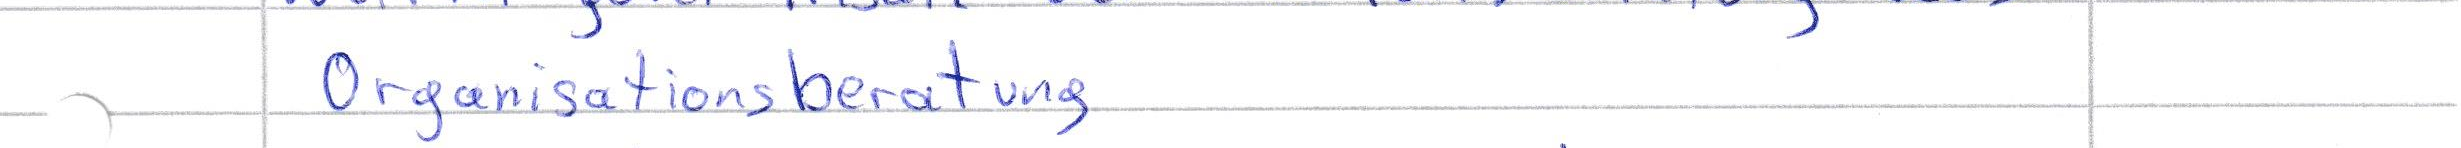
Organisationsberatung